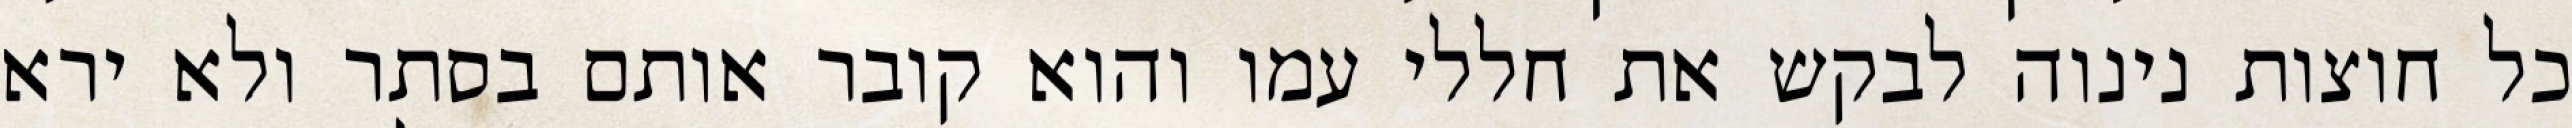
כל חוצות נינוה לבקש את חללי עמו והוא קובר אותם בסתר ולא ירא